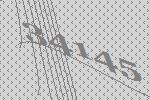
34145